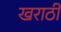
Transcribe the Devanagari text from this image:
खराठी